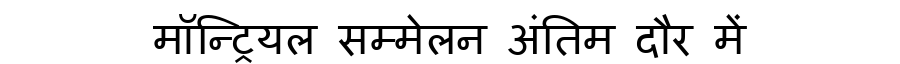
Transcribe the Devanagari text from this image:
मॉन्ट्रियल सम्मेलन अंतिम दौर में